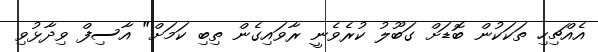
އެއްޗިހި ތަކަކުން ބޮޑަށް ގަބޫލު ކުރެވެނީ ރާވައިގެން ތިބި ކަމަށް" އާސިފް ވިދާޅުވި